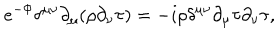
e ^ { - \Phi } \delta ^ { \mu \nu } \partial _ { \mu } ( \rho \partial _ { \nu } \tau ) = - i \rho \delta ^ { \mu \nu } \partial _ { \mu } \tau \partial _ { \nu } \tau ,